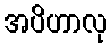
အပိဟာလု